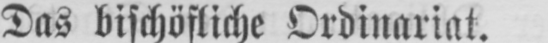
Das bischöfliche Ordinariat.